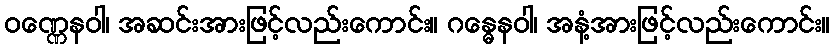
ဝဏ္ဏေနဝါ၊ အဆင်းအားဖြင့်လည်းကောင်း။ ဂန္ဓေနဝါ၊ အနံ့အားဖြင့်လည်းကောင်း။